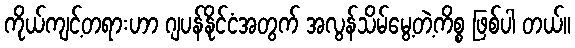
ကိုယ်ကျင့်တရားဟာ ဂျပန်နိုင်ငံအတွက် အလွန်သိမ်မွေ့တဲ့ကိစ္စ ဖြစ်ပါ တယ်။